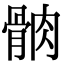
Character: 䯐